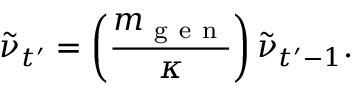
\tilde { \nu } _ { t ^ { \prime } } = \left( \frac { m _ { \mathrm { ~ g ~ e ~ n ~ } } } { \kappa } \right) \tilde { \nu } _ { t ^ { \prime } - 1 } .